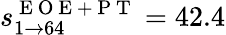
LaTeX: s_{1\rightarrow 64}^{\mathrm{~E~O~E~+~P~T~}}=42.4